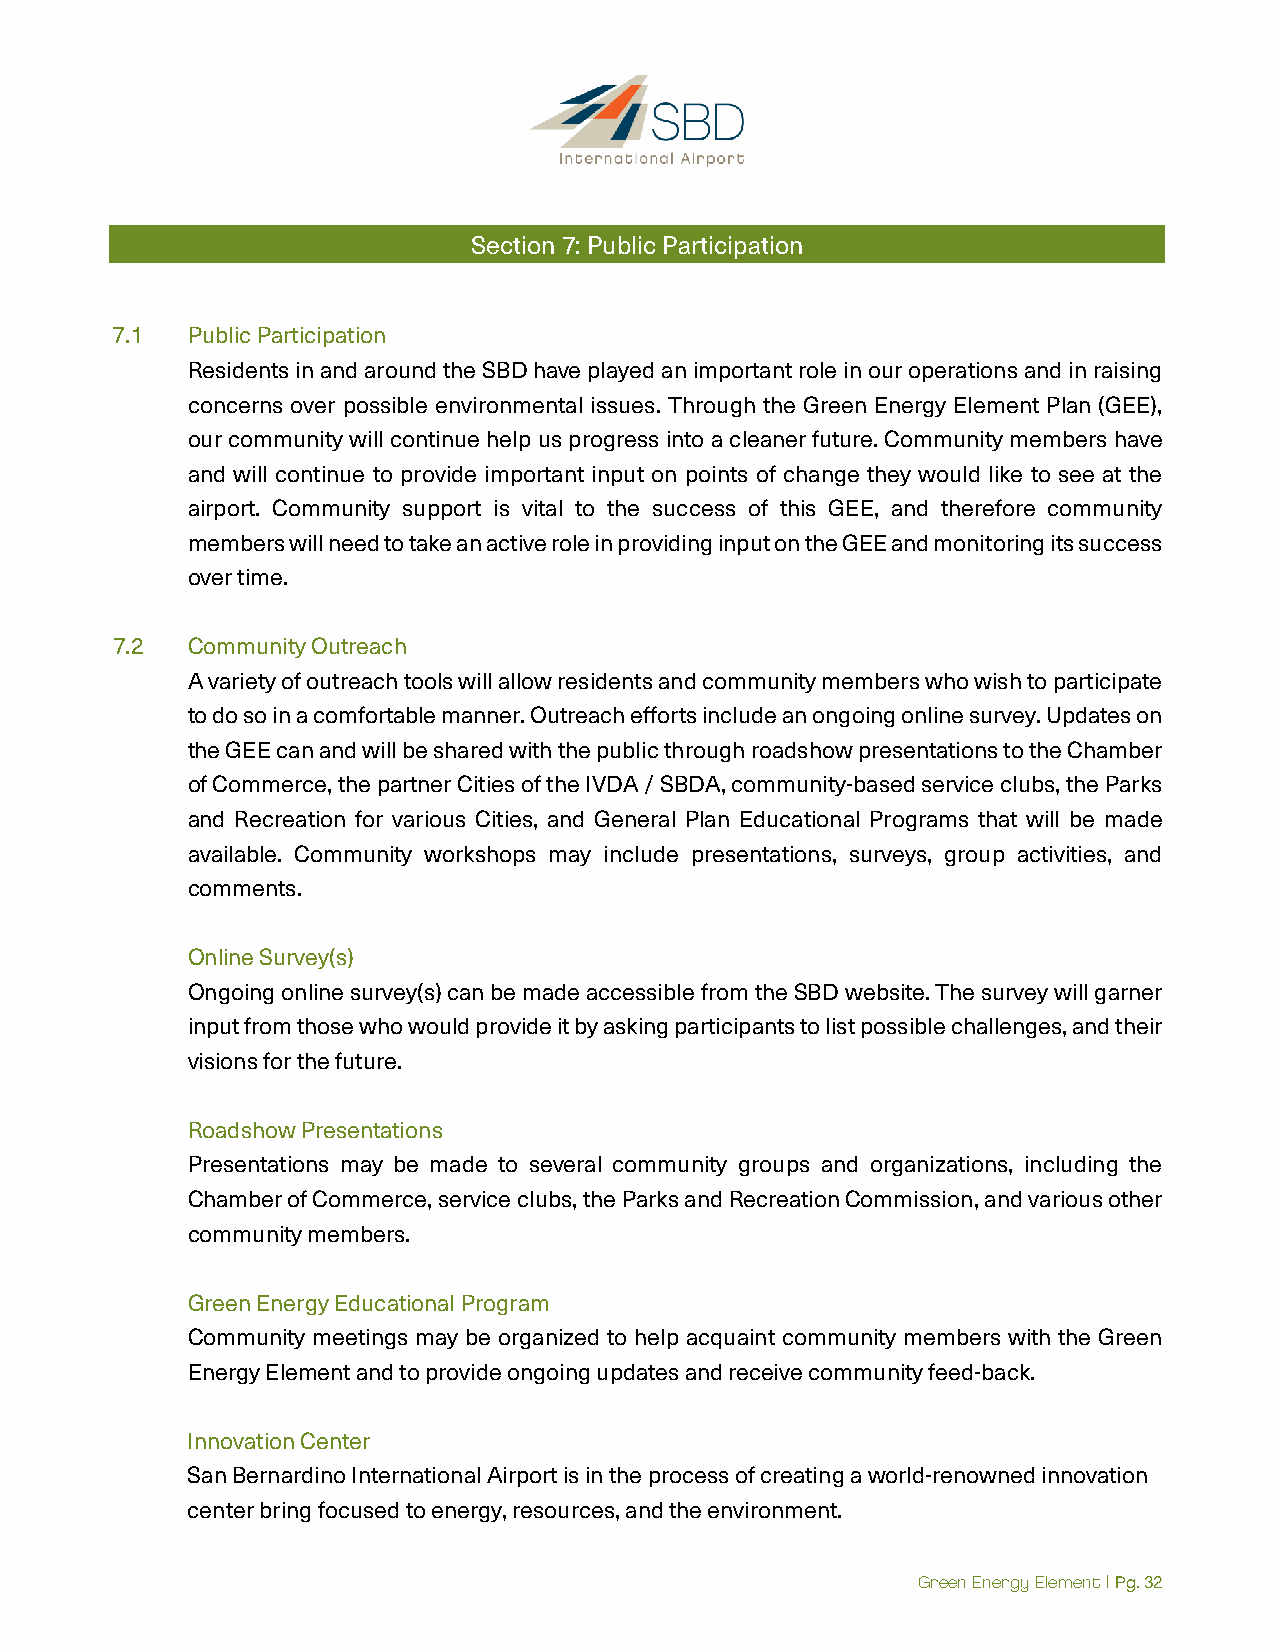
Section 7: Public Participation
 7.1  Public Participation
 Residents in and around the SBD have played an important role in our operations and in raising
 concerns over possible environmental issues. Through the Green Energy Element Plan (GEE),
 our community will continue help us progress into a cleaner future. Community members have
 and will continue to provide important input on points of change they would like to see at the
 airport. Community support is vital to the success of this GEE, and therefore community
 members will need to take an active role in providing input on the GEE and monitoring its success
 over time.
 7.2  Community Outreach
 A variety of outreach tools will allow residents and community members who wish to participate
 to do so in a comfortable manner. Outreach efforts include an ongoing online survey. Updates on
 the GEE can and will be shared with the public through roadshow presentations to the Chamber
 of Commerce, the partner Cities of the IVDA / SBDA, community-based service clubs, the Parks
 and Recreation for various Cities, and General Plan Educational Programs that will be made
 available. Community workshops may include presentations, surveys, group activities, and
 comments.
 Online Survey(s)
 Ongoing online survey(s) can be made accessible from the SBD website. The survey will garner
 input from those who would provide it by asking participants to list possible challenges, and their
 visions for the future.
 Roadshow Presentations
 Presentations may be made to several community groups and organizations, including the
 Chamber of Commerce, service clubs, the Parks and Recreation Commission, and various other
 community members.
 Green Energy Educational Program
 Community meetings may be organized to help acquaint community members with the Green
 Energy Element and to provide ongoing updates and receive community feed-back.
 Innovation Center
 San Bernardino International Airport is in the process of creating a world-renowned innovation
 center bring focused to energy, resources, and the environment.
 Green Energy Element | Pg. 32